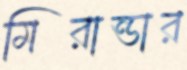
মিরান্ডার